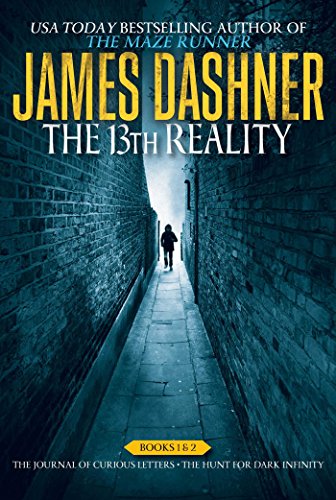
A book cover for The 13th Reality Books 1 & 2: The Journal of Curious Letters; The Hunt for Dark Infinity; James Dashner; Teen & Young Adult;